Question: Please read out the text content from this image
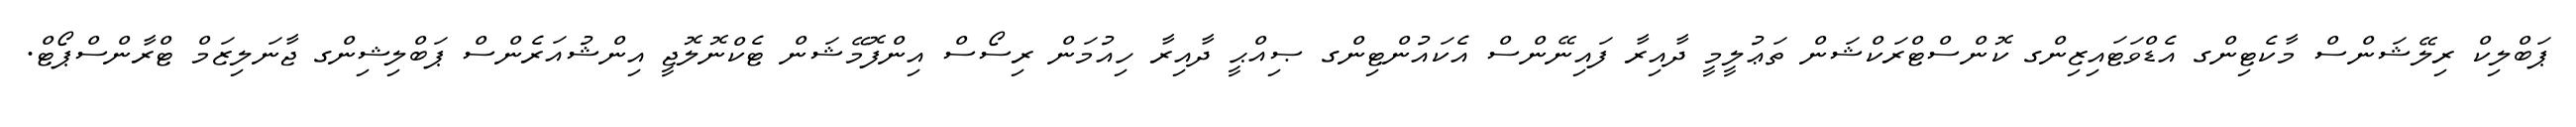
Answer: ޕަބްލިކް ރިލޭޝަންސް މާކެޓިންގ އެޑްވަޓައިޒިންގ ކޮންސްޓްރަކްޝަން ތަޢުލީމީ ދާއިރާ ފައިނޭންސް އެކައުންޓިންގ ޞިއްޙީ ދާއިރާ ހިއުމަން ރިސޯސް އިންފޮމޭޝަން ޓެކްނޮލޮޖީ އިންޝުއަރެންސް ޕަބްލިޝިންގ ޖާނަލިޒަމް ޓްރާންސްޕޯޓް.